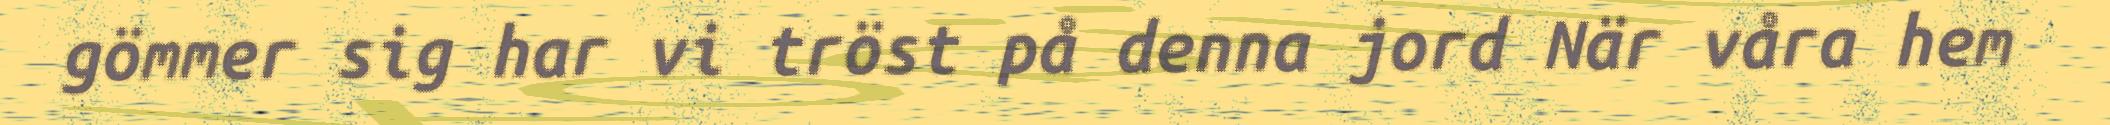
gömmer sig har vi tröst på denna jord När våra hem